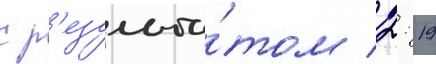
с р'езульта́том 2: 19